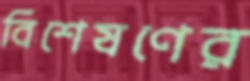
বিশেষণের